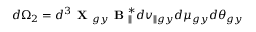
d \Omega _ { 2 } = d ^ { 3 } \textbf { X } _ { g y } \textbf { B } _ { \parallel } ^ { * } d v _ { \parallel g y } d \mu _ { g y } d \theta _ { g y }